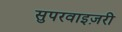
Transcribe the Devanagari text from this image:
सुपरवाइज़री